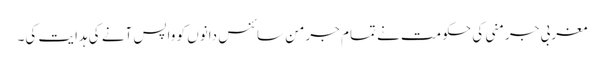
مغربی جرمنی کی حکومت نے تمام جرمن سائنس دانوں کو واپس آنے کی ہدایت کی۔